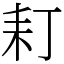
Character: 耓